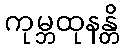
ကုမ္ဘထုနန္တိ